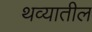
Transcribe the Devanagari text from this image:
थव्यातील